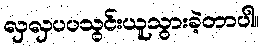
လှလှပပသွင်းယူသွားခဲ့တာပါ။